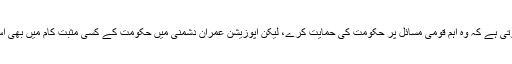
’’ایک مہذب اور محب وطن اپوزیشن کی یہ ذمے داری ہوتی ہے کہ وہ اہم قومی مسائل پر حکومت کی حمایت کرے، لیکن اپوزیشن عمران دشمنی میں حکومت کے کسی مثبت کام میں بھی اس کی حمایت کے بجائے معکوس راہ اختیار کر رہی ہے۔